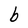
Character: b